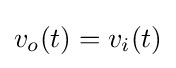
v_{o}(t)=v_{i}(t)